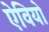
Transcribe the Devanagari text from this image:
ऐवियो